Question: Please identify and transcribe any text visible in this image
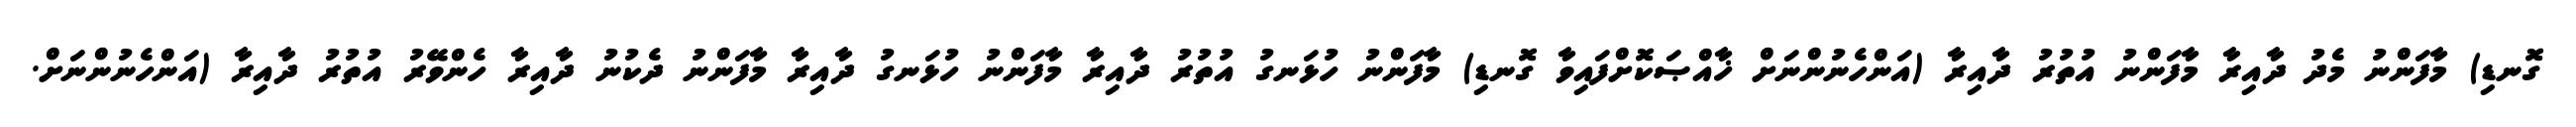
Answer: ގޮނޑި) މާފަންނު މެދު ދާއިރާ މާފަންނު އުތުރު ދާއިރާ (އަންހެނުންނަށް ޚާއްޞަކޮށްފައިވާ ގޮނޑި) މާފަންނު ހުޅަނގު އުތުރު ދާއިރާ މާފަންނު ހުޅަނގު ދާއިރާ މާފަންނު ދެކުނު ދާއިރާ ހެންވޭރު އުތުރު ދާއިރާ (އަންހެނުންނަށް.